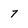
Character: 7